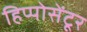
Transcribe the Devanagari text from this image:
हिप्पोसेंटूर